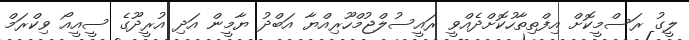
ލީގު ރަސްމީކޮށް އިފްތިތާހުކޮށްދެއްވީ ރައީސުލްޖުމްހޫރިއްޔާ އަބްދު ޔާމީން އަދި އުރީދޫގެ ސީއީއޯ ވިކްރަމް